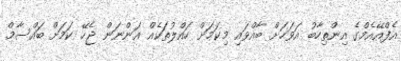
އެފްއޭއެމްގެ އިންތިހާބު އަވަހަށް ބާއްވައި މިކަމަށް ހައްލުތަކެއް އަންނަން ޖެހޭ ކަމަށް ބައްސާމް